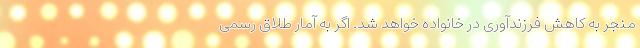
منجر به کاهش فرزندآوری در خانواده خواهد شد. اگر به آمار طلاق رسمی